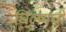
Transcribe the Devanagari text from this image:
चिलमची